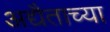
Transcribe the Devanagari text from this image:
अद्यैताच्या